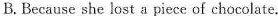
B.Because she lost a piece of chocolate.